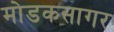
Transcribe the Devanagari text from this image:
मोडकसागर